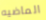
الماضيه